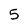
Character: 5